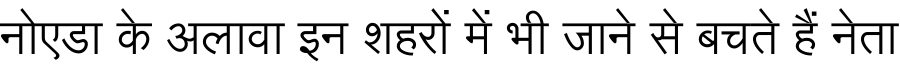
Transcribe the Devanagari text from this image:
नोएडा के अलावा इन शहरों में भी जाने से बचते हैं नेता